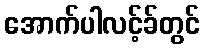
အောက်ပါလင့်ခ်တွင်